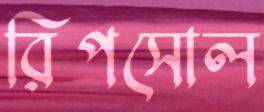
রিপসোল